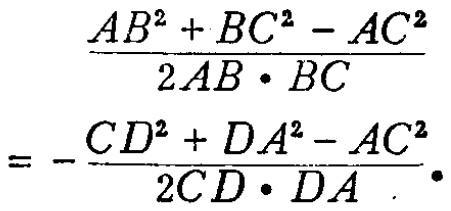
\[\frac{AB^{2}+BC^{2}-AC^{2}}{2AB\cdot BC}=-\frac{CD^{2}+DA^{2}-AC^{2}}{2CD\cdot DA}.\]